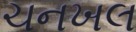
ચનખલ